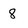
Character: 8